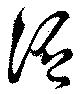
泛